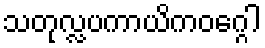
သတုလ္လပကာယိကဝဂ္ဂေါ